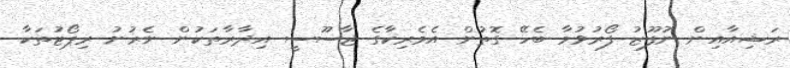
ރަޝިއާއިން ނުފޫޒު ފޯރުވުމާ ބެހޭ ގޮތުން އެމެރިކާގެ ޖާސޫސީ އިދާރާތަކުން ނެރުނު ރިޕޯޓުތަކާ